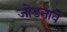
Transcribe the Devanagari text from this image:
जोडनावे